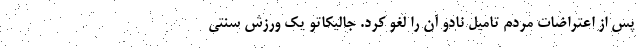
پس از اعتراضات مردم تامیل نادو آن را لغو کرد. جالیکاتو یک ورزش سنتی